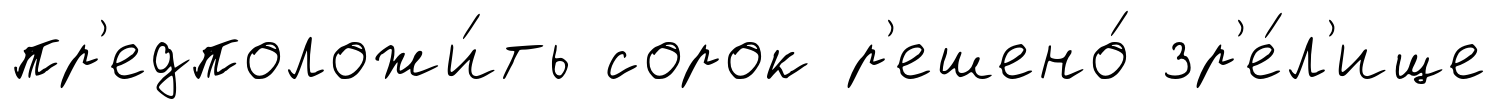
пр'едположи́ть сорок р'ешено́ зр'е́л'ище